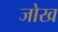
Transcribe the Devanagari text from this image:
जोख